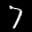
Label: 7